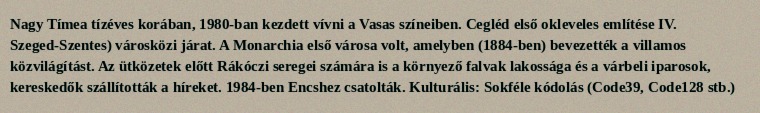
Nagy Tímea tízéves korában, 1980-ban kezdett vívni a Vasas színeiben. Cegléd első okleveles említése IV. Szeged-Szentes) városközi járat. A Monarchia első városa volt, amelyben (1884-ben) bevezették a villamos közvilágítást. Az ütközetek előtt Rákóczi seregei számára is a környező falvak lakossága és a várbeli iparosok, kereskedők szállították a híreket. 1984-ben Encshez csatolták. Kulturális: Sokféle kódolás (Code39, Code128 stb.)